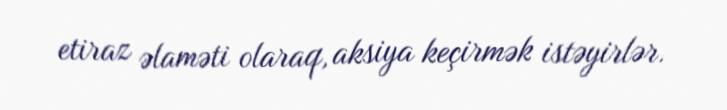
etiraz əlaməti olaraq, aksiya keçirmək istəyirlər.